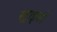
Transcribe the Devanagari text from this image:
स्ट्राइकों